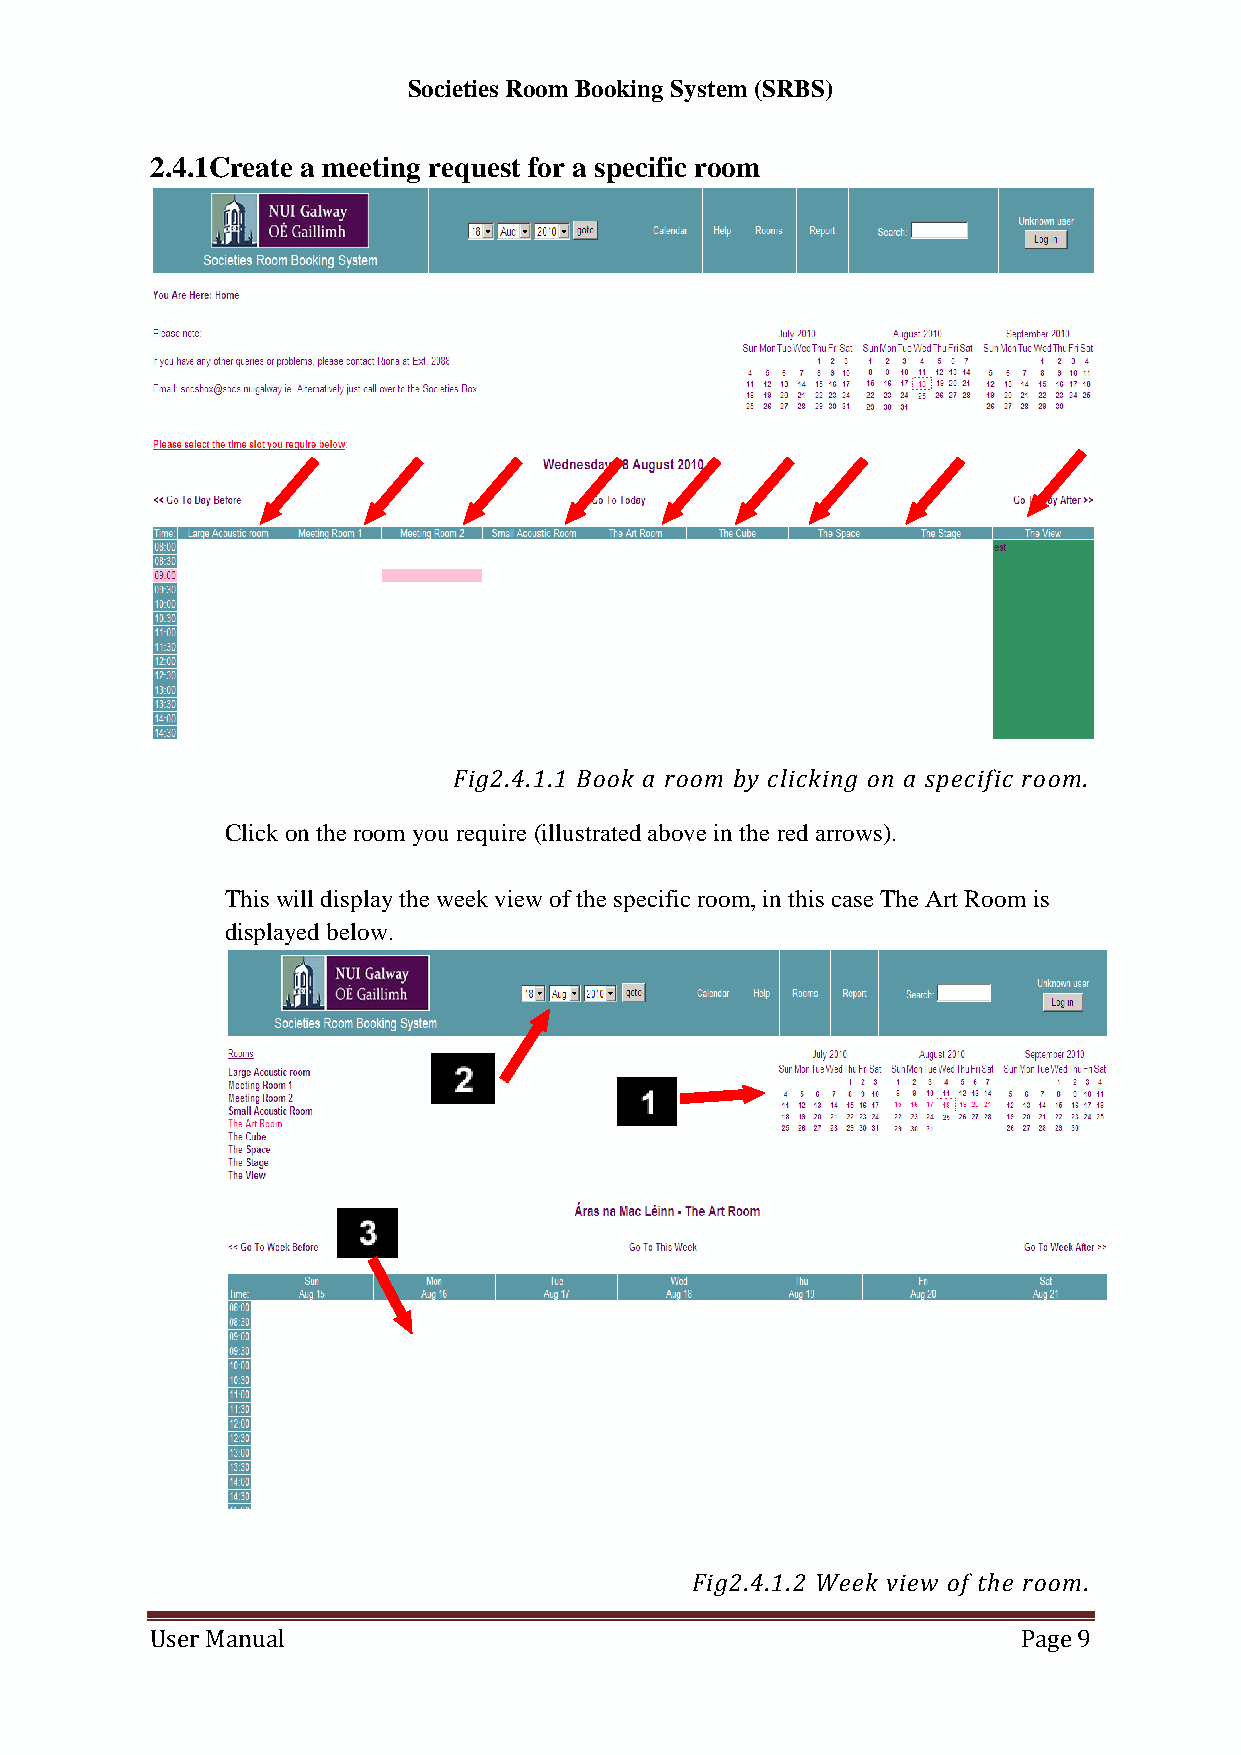
Societies Room Booking System (SRBS)
 2.4.1Create a meeting request for a specific room
 Fig2.4.1.1 Book a room by clicking on a specific room.
 Click on the room you require (illustrated above in the red arrows).
 This will display the week view of the specific room, in this case The Art Room is
 displayed below.
 Fig2.4.1.2 Week view of the room.
 User Manual                                               Page 9